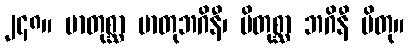
၂၄၈။ မာတုစ္ဆာ မာတုဘဂိနီ၊ ပိတုစ္ဆာ ဘဂိနီ ပိတု။